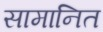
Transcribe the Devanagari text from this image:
सामानित